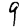
Digit: 9